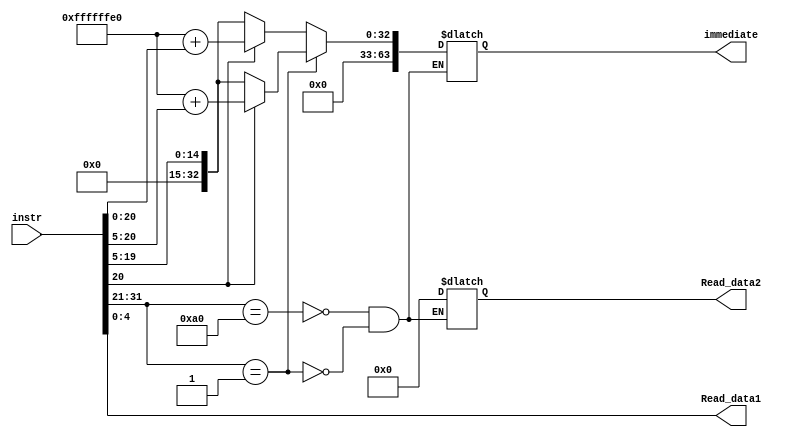
module instr_parse(
    input [31:0] instr,
    output [4:0] Read_data1,
    output [4:0] Read_data2,
    output [63:0]immediate
);
    always@(instr)begin
        Read_data1 <= instr[4:0];

        case (instr[31:21])
            11'h0A0: begin //B-format
                if (instr[20]==1'b1)
                    immediate = 64'hFFFFFFE0 + instr[20:0];
                else
                    immediate = instr[20:5];
                Read_data2 = 5'b0;
            end
            
            (11'h5A0 || 11'h794): begin //CB-format. IM-format
                if (instr[20]==1'b1)
                    immediate = 64'hFFFFFFE0 + instr[20:5];
                else
                    immediate = instr[20:5];
                Read_data2 = 5'b0;
            end
            
            (11'h450||11'h458||11'h550||11'h658) : begin //R-format
                Read_data2 = inst[20:16];
                immediate = 64'b0;

            end

            (11'h7C0||11'h7C2) : begin //D-format
                if (instr[20]==1'b1)
                    immediate = 64'hFFFFFFE0 + instr[20:10];
                else
                    immediate = instr[20:10];
                Read_data2 = 5'b0;
            end

        endcase
    end
endmodule